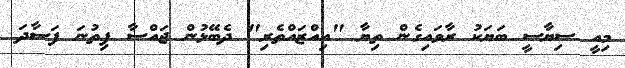
މިއީ ސިޔާސީ ބަޔަކު ރާވައިގެން ތިޔާ "އިއްޒައްތެރި" ދެބޭޅުން ޖައްސާ ފިތުނަ ފަސާދަ